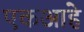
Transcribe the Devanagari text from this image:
एकआहे